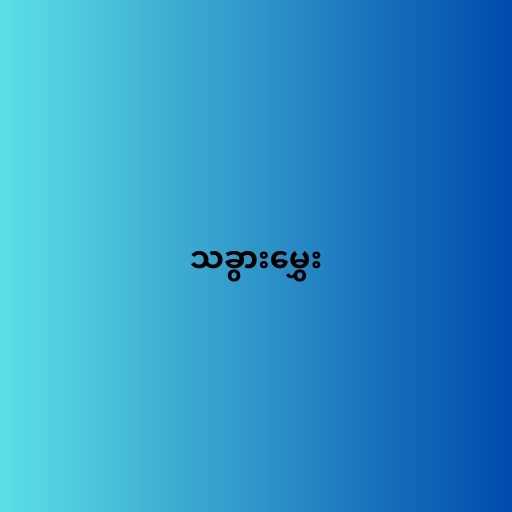
သခွားမွှေး